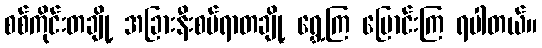
စစ်ကိုင်းတချို့ အခြားနီးစပ်ရာတချို့ ရွှေ့ကြ ပြောင်းကြ ရပါတယ်။